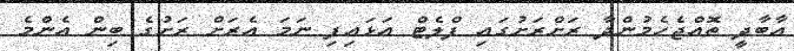
އާބާދީ ތޮއްޖެހެމުންދާ ރަށްރަށުގައި ފްލެޓް އަޅައިފި ނަމަ އެރަށް ރަށުގެ ބިން އެންމެ